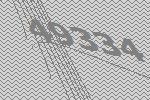
49334